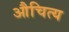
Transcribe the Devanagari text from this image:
औचित्‍य